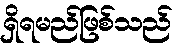
ရှိရမည်ဖြစ်သည်